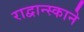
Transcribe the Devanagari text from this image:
राद्वान्स्काने